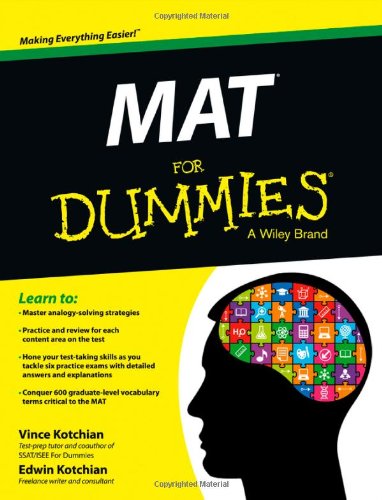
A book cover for MAT For Dummies; Edwin Kotchian; Test Preparation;